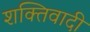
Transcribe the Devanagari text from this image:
शक्तिवादी